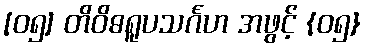
[၀၅] တိဝိဓရူပသင်္ဂဟ အဖွင့် {၀၅}